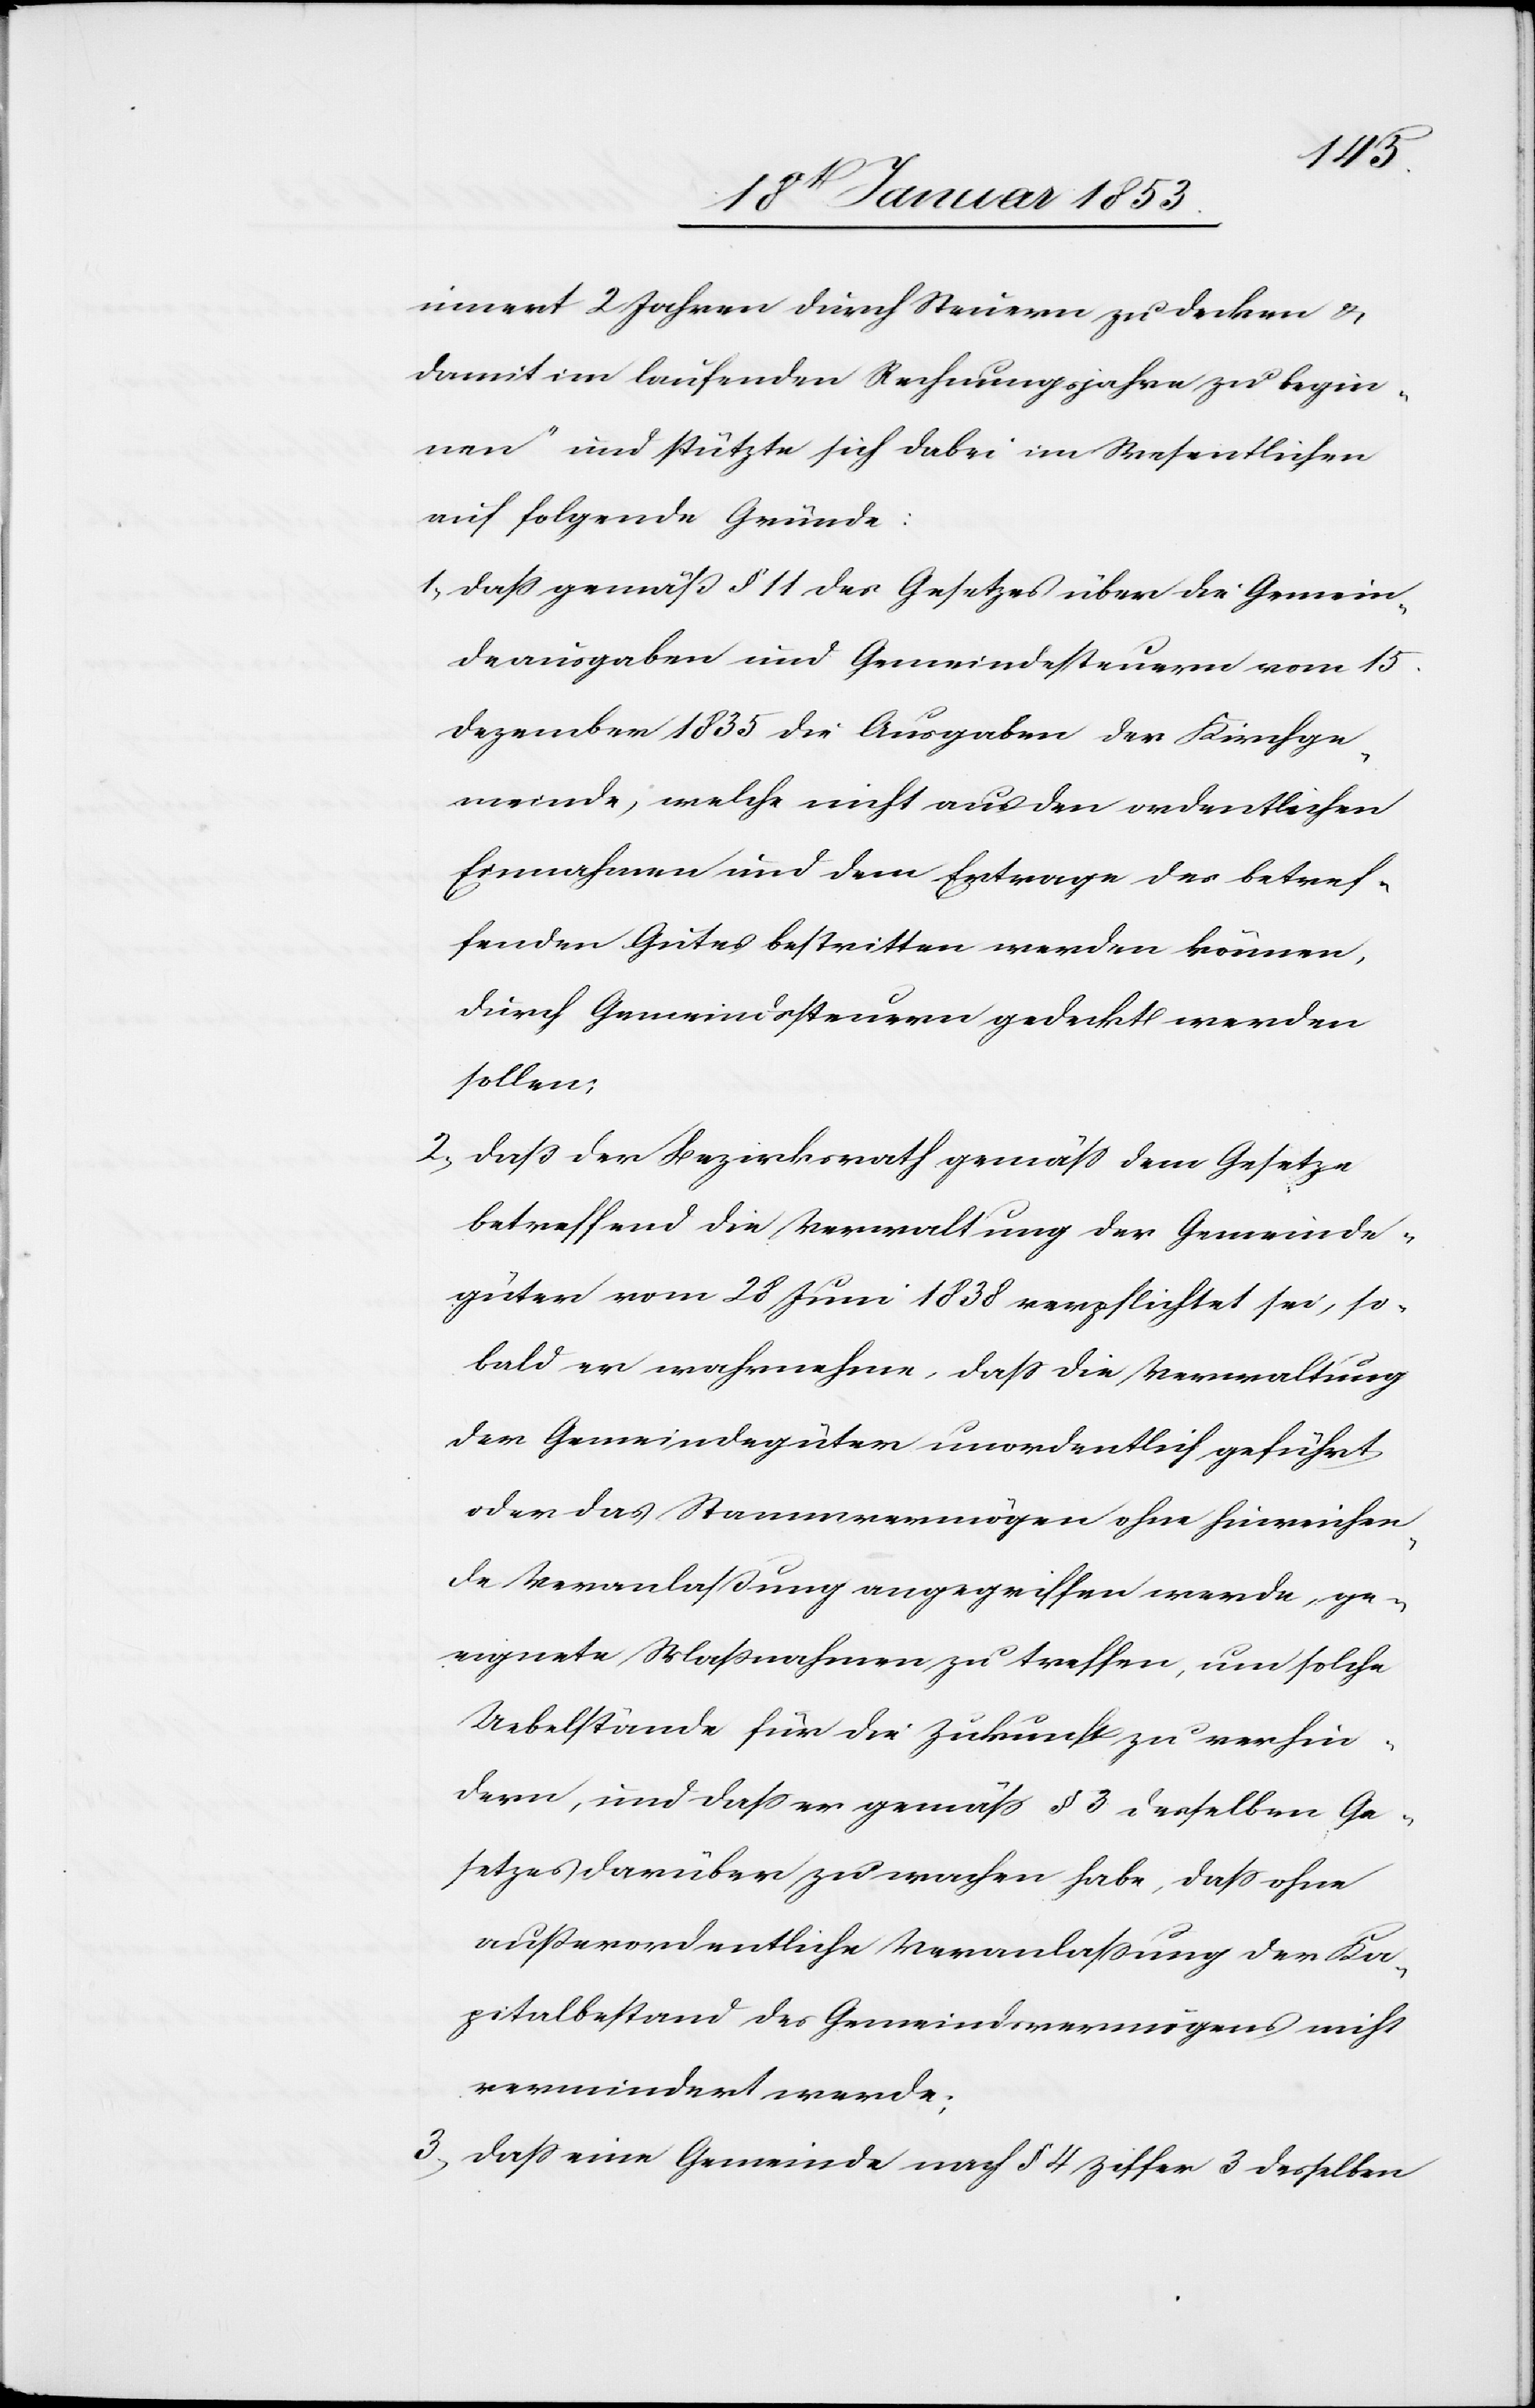
innert 2 Jahren durch Steuern zu decken u.
damit im laufenden Rechnungsjahre zu begin¬
nen und stützte sich dabei im Wesentlichen
auf folgende Gründe:
1, Daß gemäß §. 11 des Gesetzes über die Gemein¬
deausgaben und Gemeindssteuern vom 15
Dezember 1835 die Ausgaben der Kirchenge¬
meinde, welche nicht aus den ordentlichen
Exemplaren und dem Ertrage des betref¬
fenden Gutes bestritten werden können,
durch Gemeindssteuern gedeckt werden
sollen;
2, Daß der Bezirksrath gemäß dem Gesetze
betreffend die Verwaltung der Gemeinde¬
güter vom 28 Juni 1838 verpflichtet sei, so¬
bald er wahrnehme, daß die Verwaltung
die Gemeindgüter unordentlich geführt
oder das Stammvermögen ohne hinreichen¬
de Veranlaßung angegriffen werde ge¬
eignete Maßnahmen zu treffen, um solche
Uebelstände für die Zukunft zu verhin¬
dern, und daß er gemäß § 3 desselben Ge¬
setzes darüber zu wachen habe, daß ohne
außerordentliche Veranlaßung der Ka¬
pitalbestand des Gemeindevermögens nicht
vermindert werde;
3, Daß eine Gemeinde nach § 4 Ziffer 3 desselben